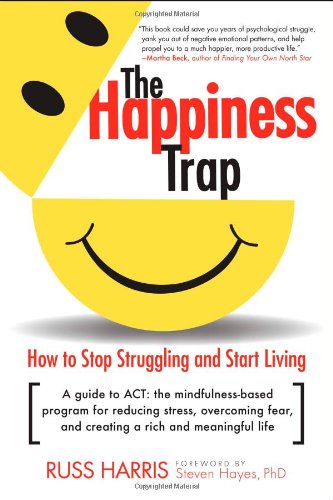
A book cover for The Happiness Trap: How to Stop Struggling and Start Living: A Guide to ACT; Russ Harris; Self-Help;